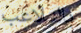
بالتلاعب